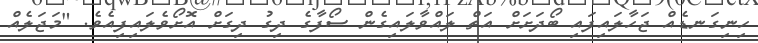
ހިނިގަނޑެއް ޖަހާލައިފައި ބޯދަށަށް އަތް ލައްވާލައިގެން ސޯފާގެ ދިގު ދިގަށް އޮށޯވެލައިފިއެވެ. "މަޖަލެއް